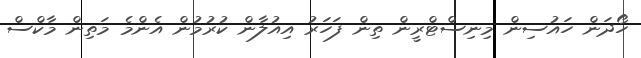
ހޯދަން ހައުސިން މިނިސްޓްރީން ތިން ފަހަރު އިއުލާން ކުރުމުން އެންމެ މަތިން މާކްސް